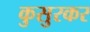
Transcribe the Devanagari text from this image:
कुसुरकर